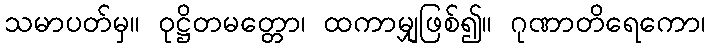
သမာပတ်မှ။ ဝုဋ္ဌိတမတ္တော၊ ထကာမျှဖြစ်၍။ ဂုဏာတိရေကော၊